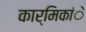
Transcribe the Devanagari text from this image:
कार्मिकांे